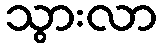
သွားလာ